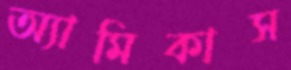
অ্যামিকাস